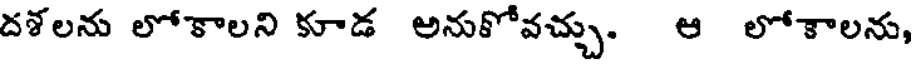
దశలను లోకాలని కూడ అనుకోవచ్చు. ఆ లోకాలను,